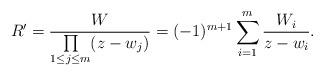
LaTeX: \begin{gather*} R^{\prime}=\frac{W}{\prod\limits_{1\le j\le m}(z-w_{j})}= (-1)^{m+1}\sum_{i=1}^{m}\frac{W_{i}}{z-w_{i}}.\end{gather*}